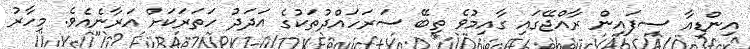
އިންޑިއާ ސިފައިން ރާއްޖޭގައި ގާއިމުވެ ތިބޭ ސަރަހައްދުތަކުގެ އަދަދު ހަތަރަކަށް އަރާނެއެވެ. މިހާރު